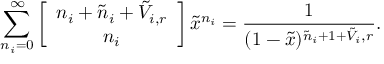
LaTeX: \sum _ { n _ { i } = 0 } ^ { \infty } \left[ \begin{array} { c } { { n _ { i } + \tilde { n } _ { i } + \tilde { V } _ { i , r } } } \\ { { n _ { i } } } \end{array} \right] \tilde { x } ^ { n _ { i } } = \frac { 1 } { ( 1 - \tilde { x } ) ^ { \tilde { n } _ { i } + 1 + \tilde { V } _ { i } , r } } .